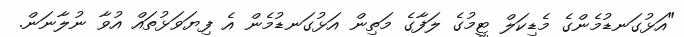
"އަޅުގަނޑުމެންގެ މެޑިކަލް ޓީމުގެ ލަފާގެ މަތިން އަޅުގަނޑުމެން އެ ފިޔަވަޅުތައް އުވާ ނުލާނަން.